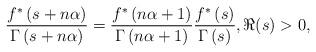
LaTeX: \begin{align*}\frac{f^{*}\left ( s+n\alpha \right )}{\Gamma \left ( s+n\alpha \right )}= \frac{f^{*}\left ( n\alpha +1 \right )}{\Gamma \left ( n\alpha +1 \right )}\frac{f^{*}\left ( s \right )}{\Gamma \left ( s \right )},\Re(s)>0,\end{align*}